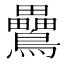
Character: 䴎